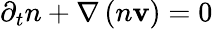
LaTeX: \partial_{t}n+\nabla\left(n\mathbf{v}\right)=0